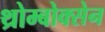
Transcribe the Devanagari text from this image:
थ्रोम्बोक्सेन